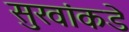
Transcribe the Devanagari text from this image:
सुखांकडे